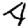
Digit: 4